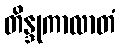
တိန္ဒုကာလာတံ